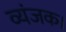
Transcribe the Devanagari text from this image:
व्यंजक।